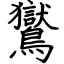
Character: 鸑